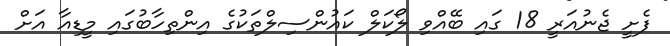
ފެށީ ޖެނުއަރީ 18 ގައި ބޭއްވި ލޯކަލް ކައުންސިލްތަކުގެ އިންތިހާބުގައި މީޑިއާ އަށް